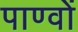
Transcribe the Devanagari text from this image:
पाण्वों